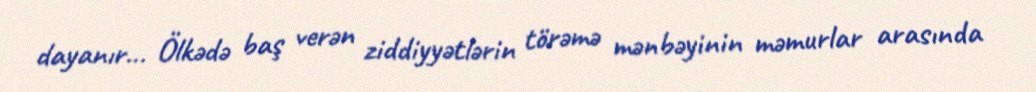
dayanır... Ölkədə baş verən ziddiyyətlərin törəmə mənbəyinin məmurlar arasında